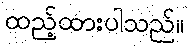
ထည့်ထားပါသည်။